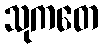
သုကတေ